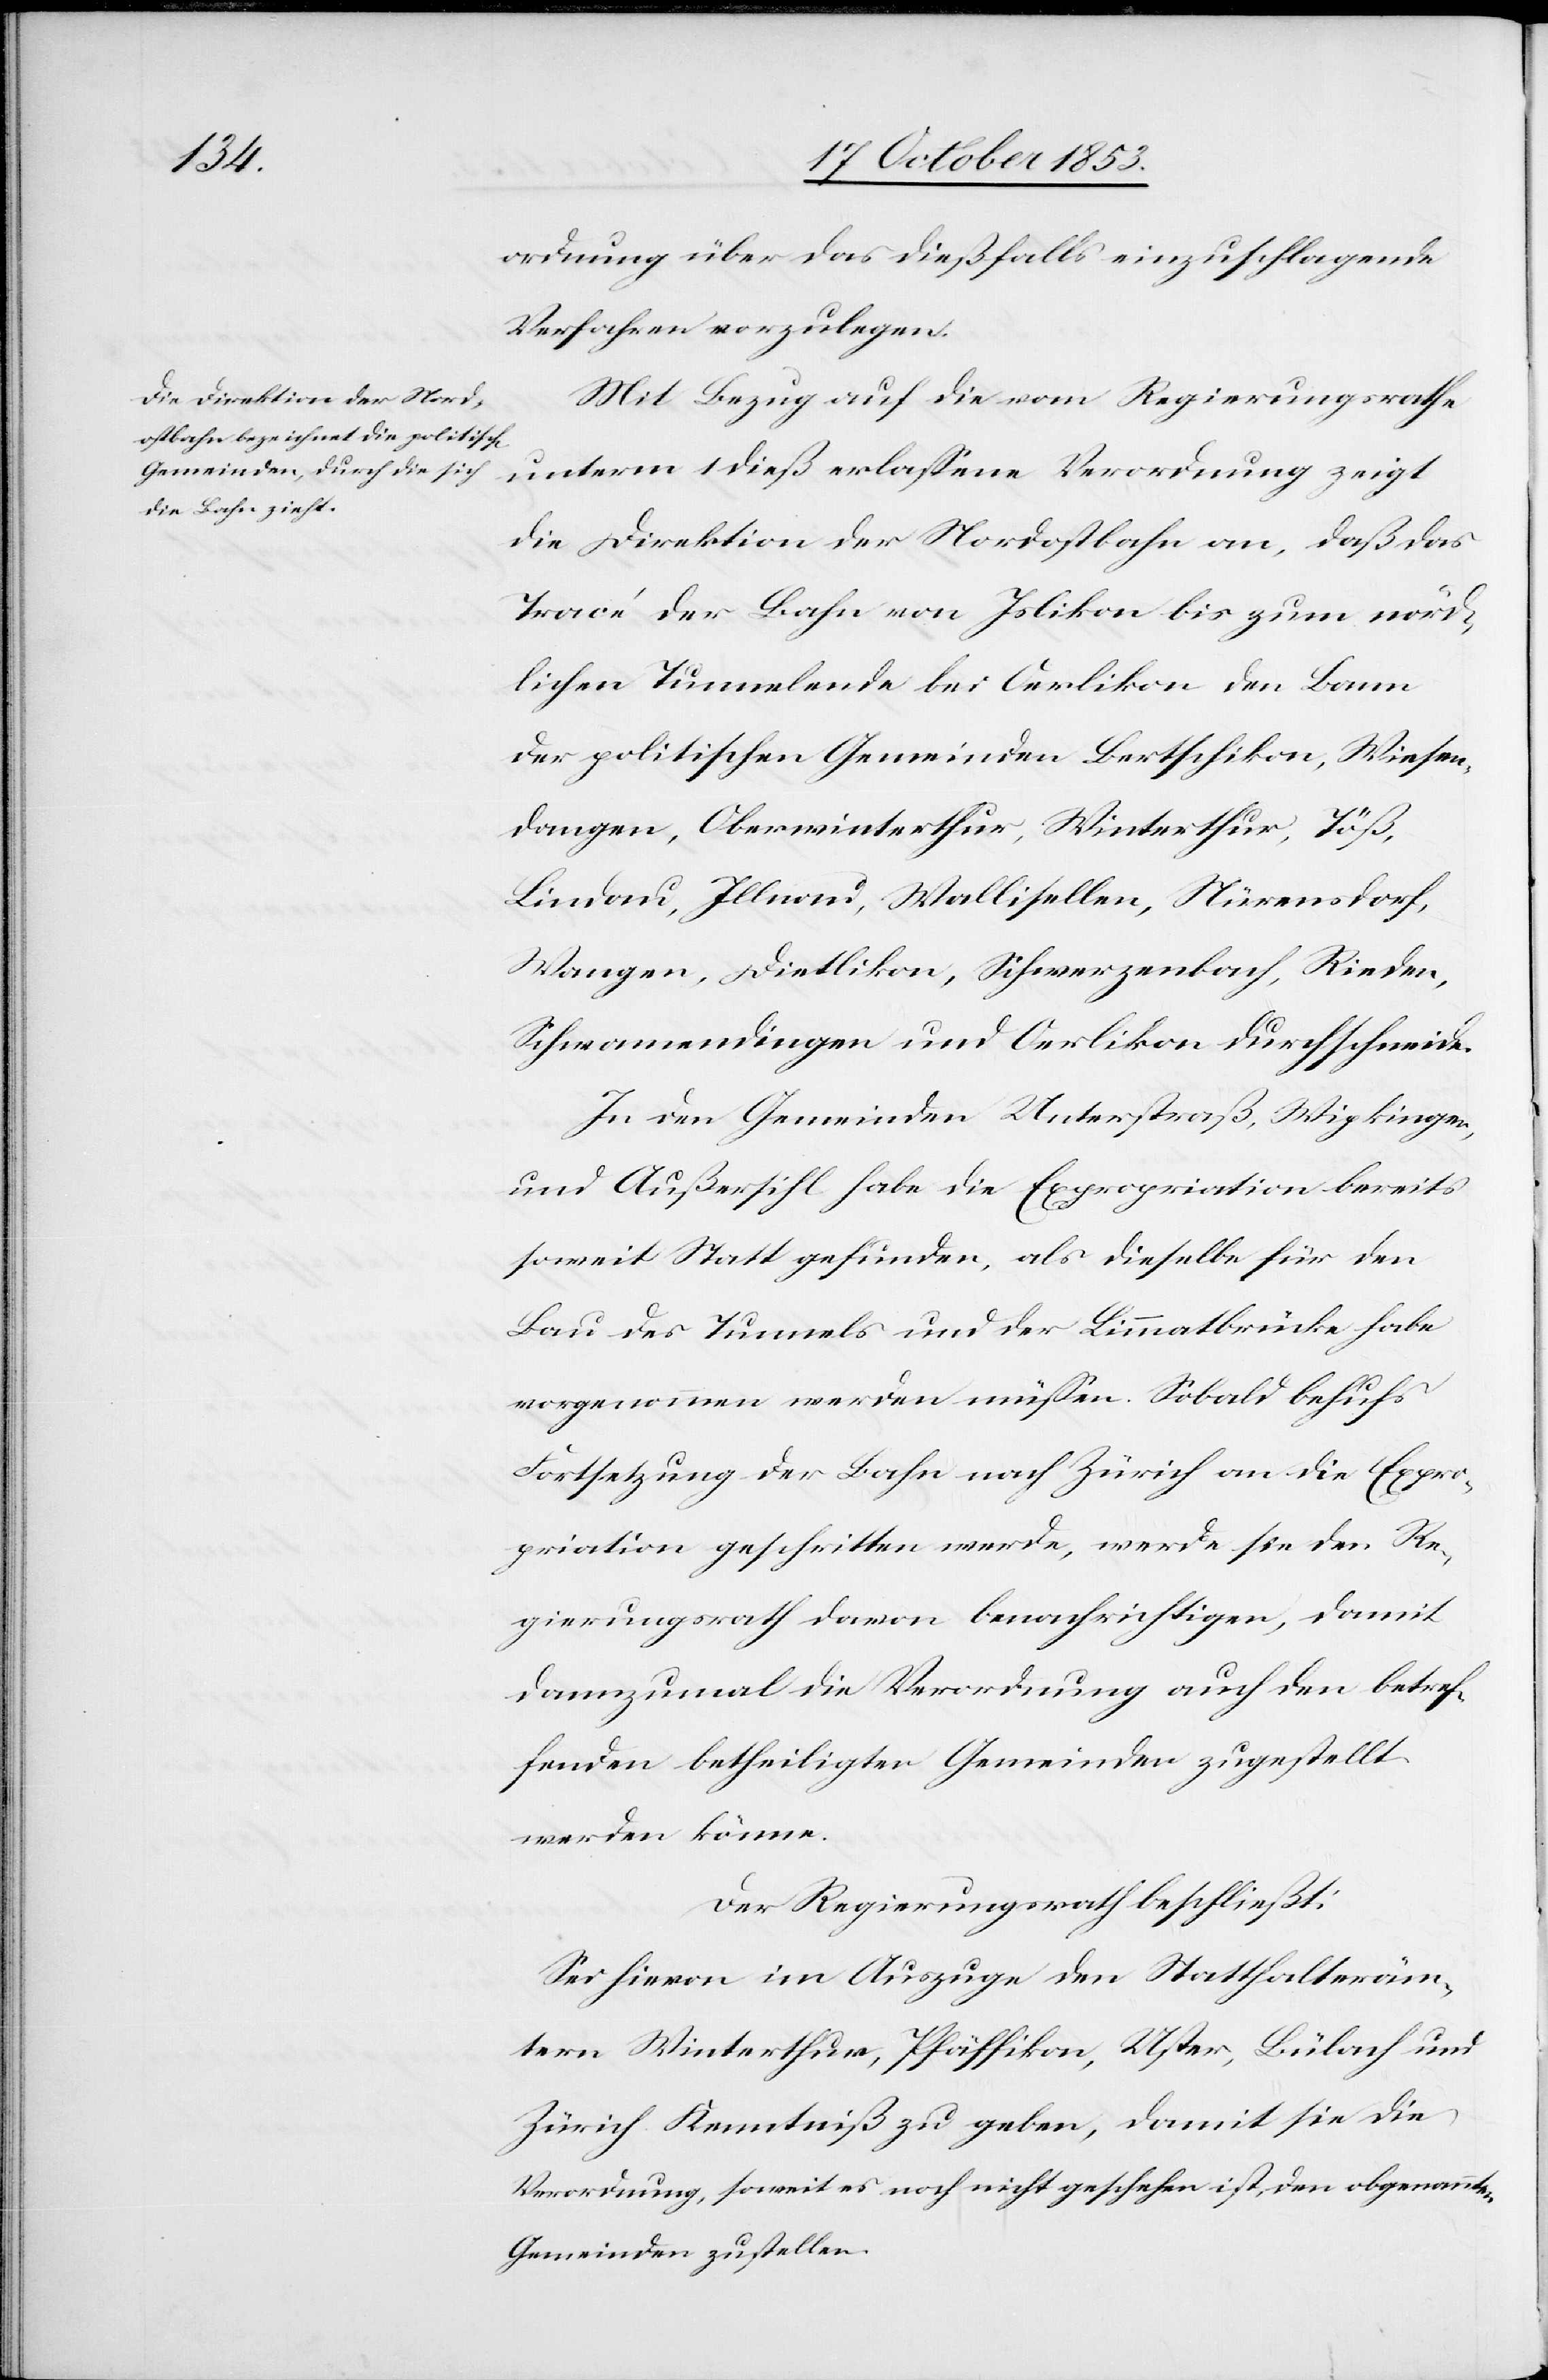
ordnung über das dießfalls einzuschlagende
Verfahren vorzulegen.
Mit Bezug auf die vom Regierungsrathe
unterm 1 dieß erlaßene Verordnung zeigt
die Direktion der Nordostbahn an, daß das
Tracé der Bahn von Islikon bis zum nörd¬
lichen Tunnelende bei Oerlikon den Bann
der politischen Gemeinden Bertschikon, Wiesen¬
dangen, Oberwinterthur, Winterthur, Töß,
Lindau, Illnau, Wallisellen, Nürensdorf,
Wangen, Dietlikon, Schwerzenbach, Rieden,
Schwamendingen und Oerlikon durchschneide.
In den Gemeinden Unterstraß, Wipkingen,
und Außersihl habe die Expropriation bereits
soweit Statt gefunden, als dieselbe für den
Bau des Tunnels und der Limmatbrücke habe
vorgenommen werden müßen. Sobald behufs
Fortsetzung der Bahn nach Zürich an die Expro¬
priation geschritten werde werde sie den Re¬
gierungsrath davon benachrichtigen, damit
dannzumal die Verordnung auf den betref¬
fenden betheiligten Gemeinden zugestellt
werden können.
Der Regierungsrath beschließt:
Sei hievon im Auszuge den Statthalteräm¬
tern Winterthur, Pfäffikon, Uster, Bülach und
Zürich Kenntniß zu geben, damit sie die
Verordnung soweit es noch nicht geschehen ist den obgenannten
Gemeinden zustellen.